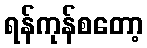
ရန်ကုန်စတော့